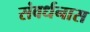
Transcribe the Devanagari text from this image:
संवर्धनास